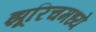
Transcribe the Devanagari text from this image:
झूरिचमध्ये